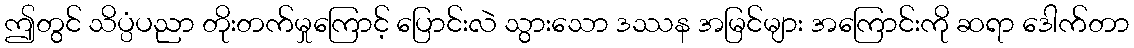
ဤတွင် သိပ္ပံပညာ တိုးတက်မှုကြောင့် ပြောင်းလဲ သွားသော ဒဿန အမြင်များ အကြောင်းကို ဆရာ ဒေါက်တာ